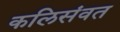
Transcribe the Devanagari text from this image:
कलिसंवत